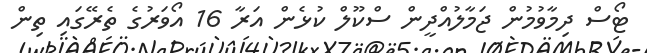
ޓޯސް ދިމާވުމުން ޖަމާލުއްދީން ސްކޫލް ކުޅެން އަރާ 16 އޯވަރުގެ ތެރޭގައި ތިން